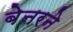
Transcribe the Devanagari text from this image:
बेनरने